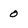
Character: 0